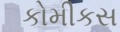
કોમીકસ